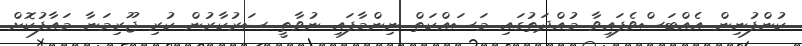
ކުންފުނިން އެއްބަސްވެފައިވާ މުއްދަތުގައި މަސައްކަތް ނިންމާފައި ނުވާތީ ސަރުކާރުން ކުރި ޖޫރިމަނާ މައާފުކޮށް